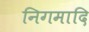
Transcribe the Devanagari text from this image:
निगमादि